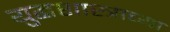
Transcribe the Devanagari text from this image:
युद्धशास्त्राच्या